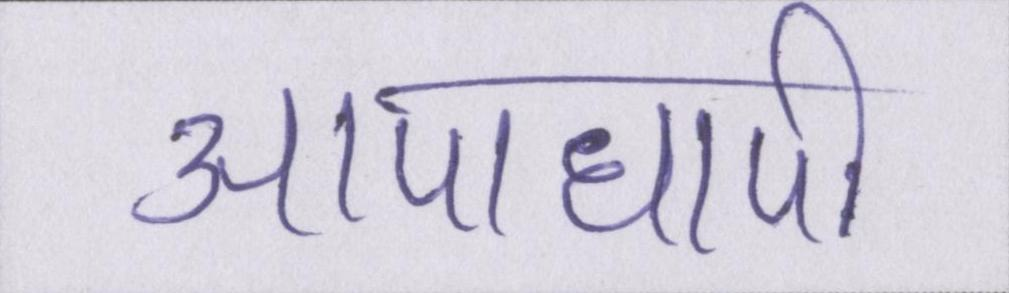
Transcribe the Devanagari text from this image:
आपाधापी